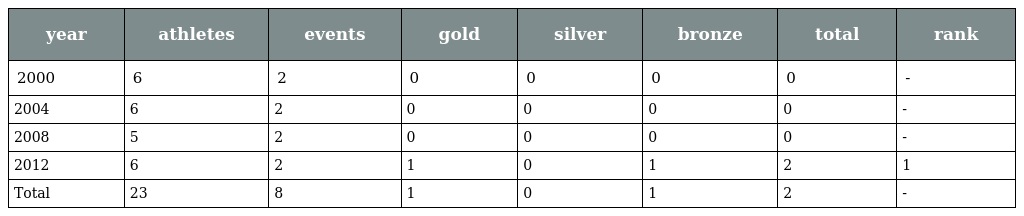
| year | athletes | events | gold | silver | bronze | total | rank |
 | --- | --- | --- | --- | --- | --- | --- | --- |
 | 2000 | 6 | 2 | 0 | 0 | 0 | 0 | - |
 | 2004 | 6 | 2 | 0 | 0 | 0 | 0 | - |
 | 2008 | 5 | 2 | 0 | 0 | 0 | 0 | - |
 | 2012 | 6 | 2 | 1 | 0 | 1 | 2 | 1 |
 | Total | 23 | 8 | 1 | 0 | 1 | 2 | - |